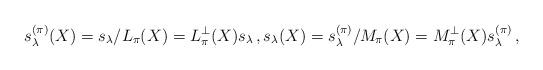
LaTeX: \begin{align*}s^{(\pi)}_\lambda(X) &= s_\lambda/L_{\pi}(X)= L_{\pi}^\perp(X)s_\lambda\,, s_\lambda(X) = s^{(\pi)}_\lambda/M_{\pi}(X)= M_{\pi}^\perp(X)s^{(\pi)}_\lambda\,, \end{align*}